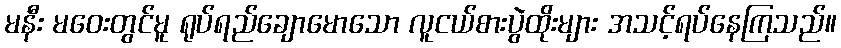
မနီး မဝေးတွင်မူ ရုပ်ရည်ချောမောသော လူငယ်စားပွဲထိုးများ အသင့်ရပ်နေကြသည်။